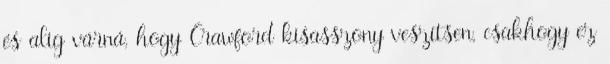
és alig várná, hogy Crawford kisasszony veszítsen, csakhogy ez